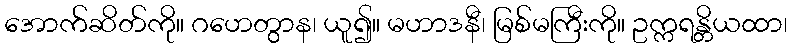
အောက်ဆိတ်ကို။ ဂဟေတွာန၊ ယူ၍။ မဟာဒနီ၊ မြစ်မကြီးကို။ ဥက္ကရန္တိယထာ၊